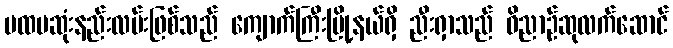
ပထမဆုံးနည်းလမ်းဖြစ်သည် ကျောက်ကြီးမြို့နယ်ရှိ ညီးရှာသည် ဝိညာဉ်ဆုလက်ဆောင်